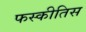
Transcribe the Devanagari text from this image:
फस्कीतिस